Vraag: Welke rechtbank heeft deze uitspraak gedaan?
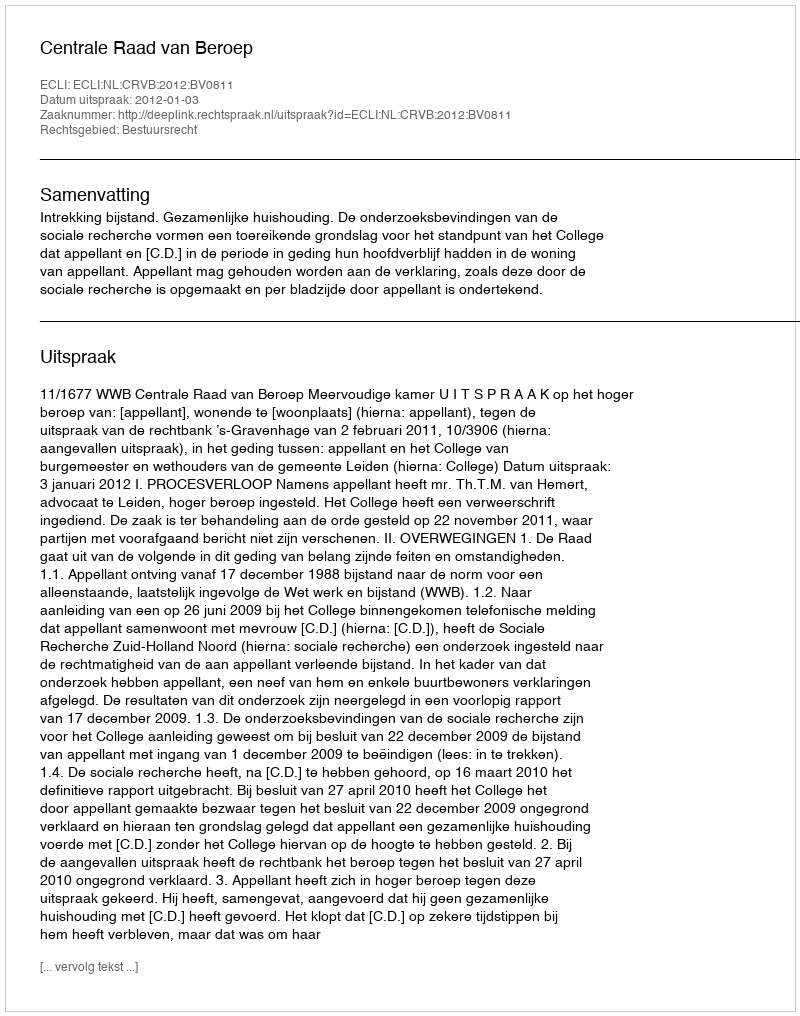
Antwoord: Centrale Raad van Beroep